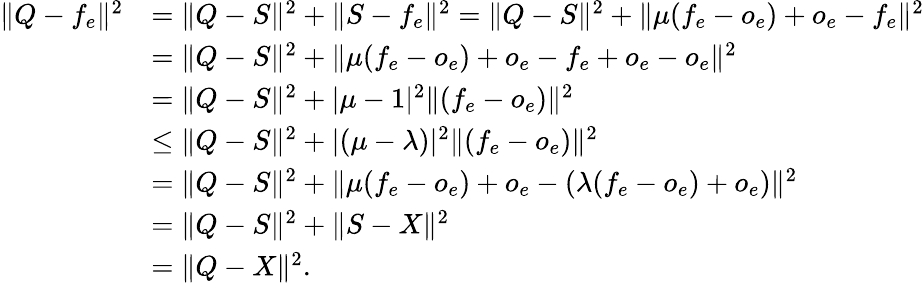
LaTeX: \begin{array}{rl}{\| Q-f_{e}\| ^{2}}&{=\| Q-S\| ^{2}+\| S-f_{e}\| ^{2}=\| Q-S\| ^{2}+\| \mu(f_{e}-o_{e})+o_{e}-f_{e}\| ^{2}}\\ &{=\| Q-S\| ^{2}+\| \mu(f_{e}-o_{e})+o_{e}-f_{e}+o_{e}-o_{e}\| ^{2}}\\ &{=\| Q-S\| ^{2}+|\mu-1|^{2}\| (f_{e}-o_{e})\| ^{2}}\\ &{\leq\| Q-S\| ^{2}+|(\mu-\lambda)|^{2}\| (f_{e}-o_{e})\| ^{2}}\\ &{=\| Q-S\| ^{2}+\| \mu(f_{e}-o_{e})+o_{e}-(\lambda(f_{e}-o_{e})+o_{e})\| ^{2}}\\ &{=\| Q-S\| ^{2}+\| S-X\| ^{2}}\\ &{=\| Q-X\| ^{2}.}\end{array}